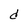
Character: d